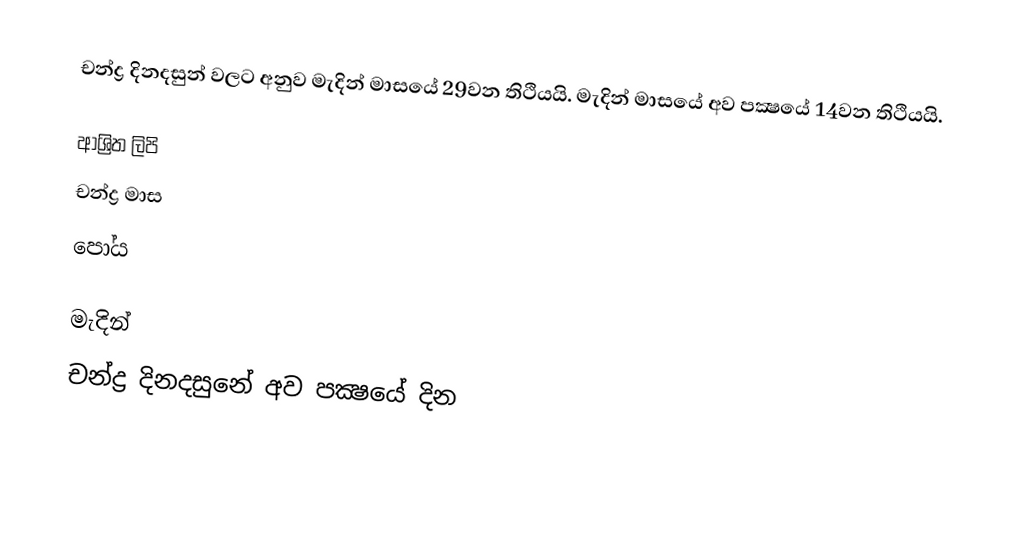
චන්ද්‍ර දිනදසුන් වලට අනුව මැදින් මාසයේ 29වන තිථියයි. මැදින් මාසයේ අව පක්‍ෂයේ 14වන තිථියයි.

ආශ්‍රිත ලිපි
 චන්ද්‍ර මාස
 පෝය

මැදින්
චන්ද්‍ර දිනදසුනේ අව පක්‍ෂයේ දින